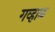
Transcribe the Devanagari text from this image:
गव्हाळ